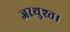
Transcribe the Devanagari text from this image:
जरथुश्त।